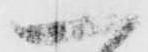
一